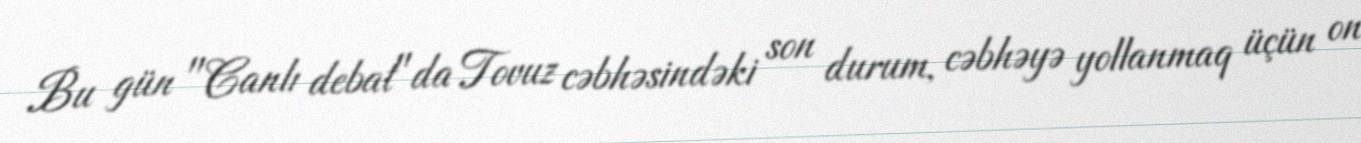
Bu gün "Canlı debat"da Tovuz cəbhəsindəki son durum, cəbhəyə yollanmaq üçün on